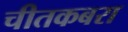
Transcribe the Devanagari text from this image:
चीतकबरा